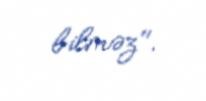
bilməz".